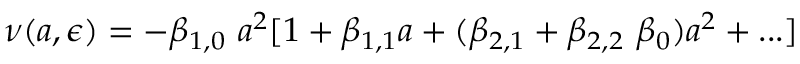
\nu ( a , \epsilon ) = - \beta _ { 1 , 0 } \ a ^ { 2 } [ 1 + \beta _ { 1 , 1 } a + ( \beta _ { 2 , 1 } + \beta _ { 2 , 2 } \ \beta _ { 0 } ) a ^ { 2 } + . . . ]